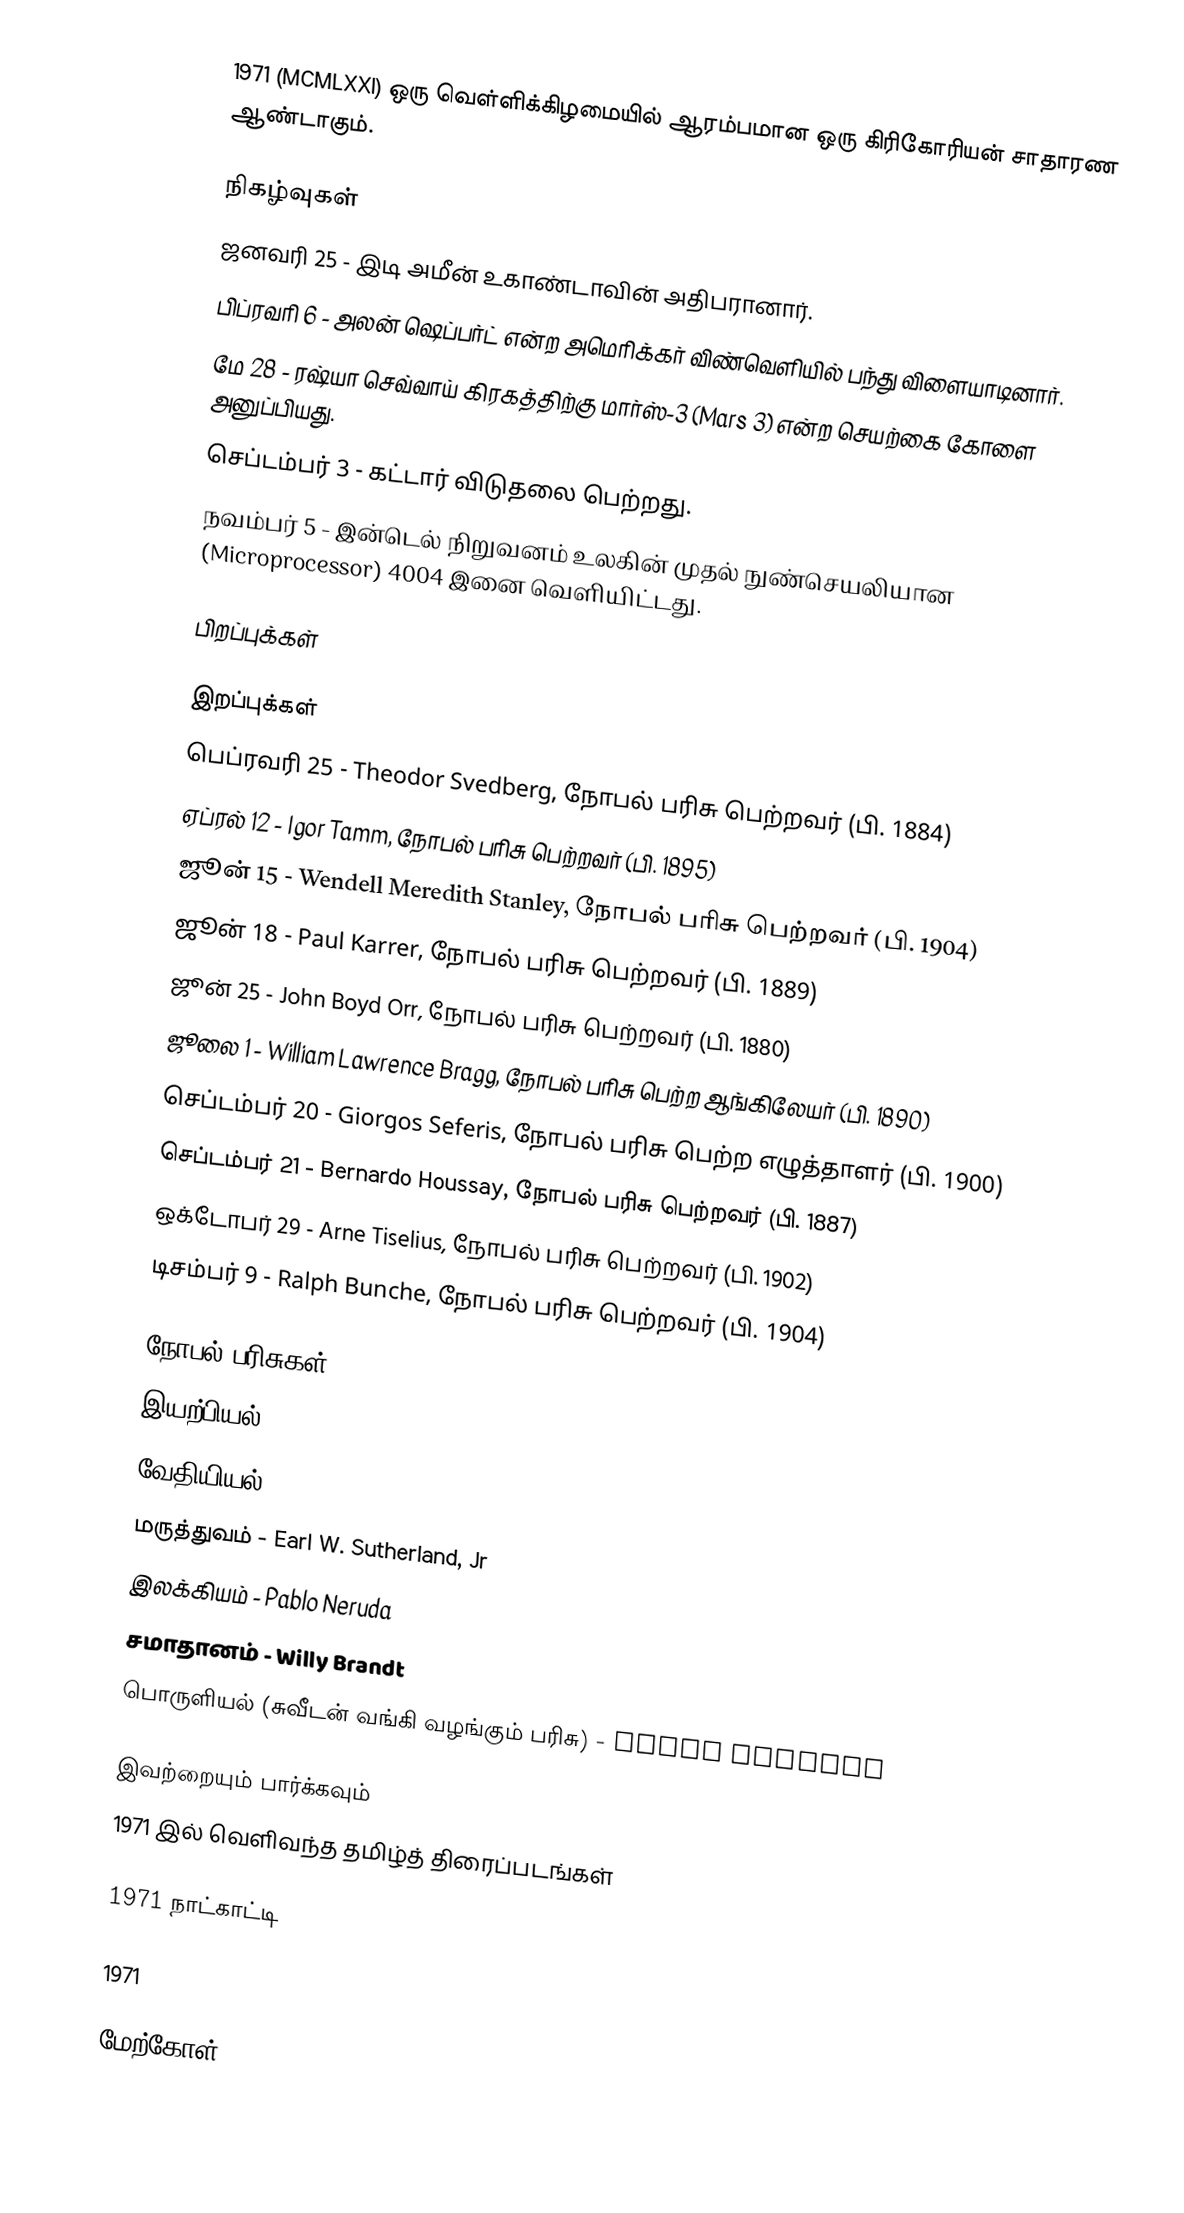
1971 (MCMLXXI) ஒரு வெள்ளிக்கிழமையில் ஆரம்பமான ஒரு கிரிகோரியன் சாதாரண ஆண்டாகும்.

நிகழ்வுகள்
 ஜனவரி 25 - இடி அமீன் உகாண்டாவின் அதிபரானார்.
 பிப்ரவரி 6 - அலன் ஷெப்பர்ட் என்ற அமெரிக்கர் விண்வெளியில் பந்து விளையாடினார்.
 மே 28 - ரஷ்யா செவ்வாய் கிரகத்திற்கு மார்ஸ்-3 (Mars 3) என்ற செயற்கை கோளை அனுப்பியது.
 செப்டம்பர் 3 - கட்டார் விடுதலை பெற்றது.
 நவம்பர் 5 - இன்டெல் நிறுவனம் உலகின் முதல் நுண்செயலியான (Microprocessor) 4004 இனை வெளியிட்டது.

பிறப்புக்கள்

இறப்புக்கள்
 பெப்ரவரி 25 - Theodor Svedberg, நோபல் பரிசு பெற்றவர் (பி. 1884)
 ஏப்ரல் 12 - Igor Tamm, நோபல் பரிசு பெற்றவர் (பி. 1895)
 ஜூன் 15 - Wendell Meredith Stanley, நோபல் பரிசு பெற்றவர் (பி. 1904)
 ஜூன் 18 - Paul Karrer, நோபல் பரிசு பெற்றவர் (பி. 1889)
 ஜூன் 25 - John Boyd Orr, நோபல் பரிசு பெற்றவர் (பி. 1880)
 ஜூலை 1 - William Lawrence Bragg, நோபல் பரிசு பெற்ற ஆங்கிலேயர் (பி. 1890)
 செப்டம்பர் 20 - Giorgos Seferis, நோபல் பரிசு பெற்ற எழுத்தாளர் (பி. 1900)
 செப்டம்பர் 21 - Bernardo Houssay, நோபல் பரிசு பெற்றவர் (பி. 1887)
 ஒக்டோபர் 29 - Arne Tiselius, நோபல் பரிசு பெற்றவர் (பி. 1902)
 டிசம்பர் 9 - Ralph Bunche, நோபல் பரிசு பெற்றவர் (பி. 1904)

நோபல் பரிசுகள்
 இயற்பியல் - Dennis Gabor
 வேதியியல் - Gerhard Herzberg
 மருத்துவம் - Earl W. Sutherland, Jr
 இலக்கியம் - Pablo Neruda
 சமாதானம் - Willy Brandt
 பொருளியல் (சுவீடன் வங்கி வழங்கும் பரிசு) - Simon Kuznets

இவற்றையும் பார்க்கவும்
 1971 இல் வெளிவந்த தமிழ்த் திரைப்படங்கள்

1971 நாட்காட்டி

1971

மேற்கோள்